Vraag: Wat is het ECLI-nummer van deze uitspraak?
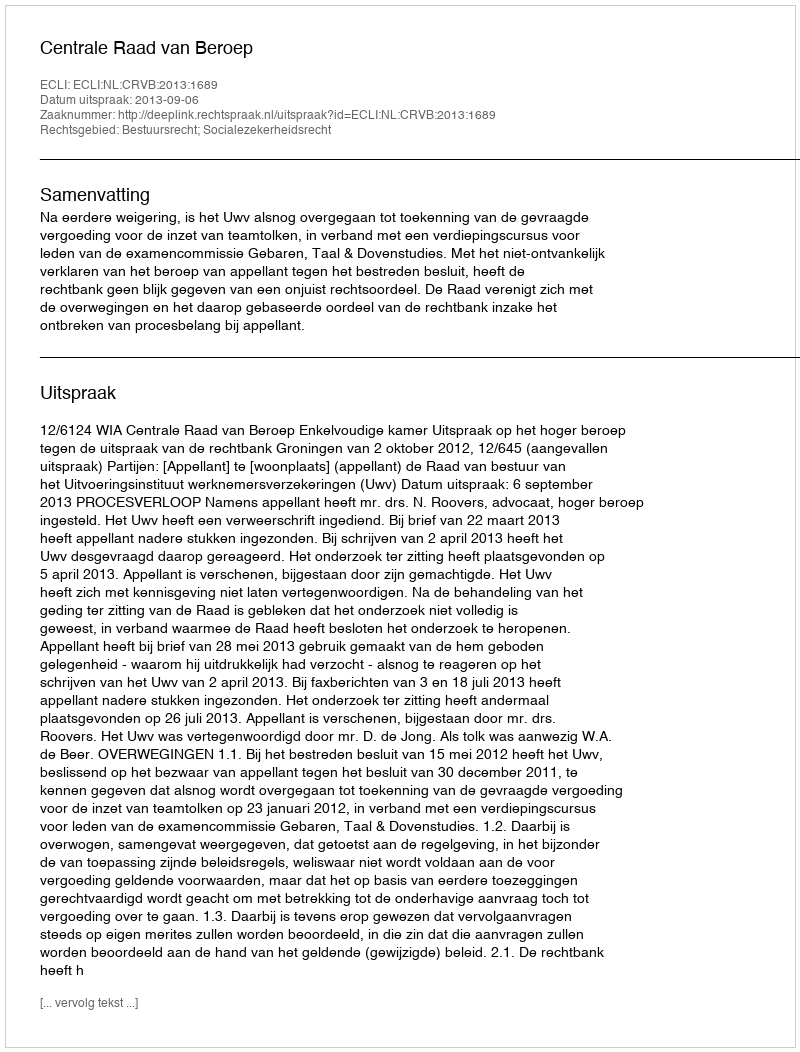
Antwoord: ECLI:NL:CRVB:2013:1689